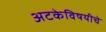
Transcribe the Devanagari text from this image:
अटकेविषयीचे